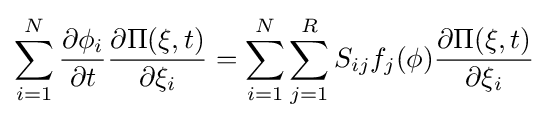
\sum _{i=1}^{N}{\frac {\partial \phi _{i}}{\partial t}}{\frac {\partial \Pi (\mathbf {\xi } ,t)}{\partial \xi _{i}}}=\sum _{i=1}^{N}\sum _{j=1}^{R}S_{ij}f_{j}(\mathbf {\phi } ){\frac {\partial \Pi (\mathbf {\xi } ,t)}{\partial \xi _{i}}}